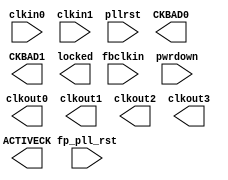
(*
  agate_file_name = "/cygdrive/f/capital_micro/primace7.3/ast_frontend//../data/lib/syn_black_box_m7s.v:81",
  agate_format    = "VLOG"
*)
module M7S_PLL(clkin0, clkin1, fbclkin, pwrdown, pllrst, fp_pll_rst, ACTIVECK,
     CKBAD0, CKBAD1, clkout0, clkout1, clkout2, clkout3, locked);
input clkin0, clkin1, fbclkin, pwrdown, pllrst, fp_pll_rst;
output ACTIVECK, CKBAD0, CKBAD1, clkout0, clkout1, clkout2, clkout3, locked;

endmodule

(*
  agate_file_name = "/cygdrive/f/capital_micro/primace7.3/bin/dachuang/demo_sd_to_lcd_in_M7_blue_EVB100MHz:0",
  agate_format    = "VLOG"
*)
module pll_v1(clkin0, clkout0, clkout1, locked);
input clkin0;
output clkout0, clkout1, locked;

endmodule

(*
  agate_file_name = "/cygdrive/f/capital_micro/primace7.3/ast_frontend//../data/lib/syn_black_box_m7s.v:54",
  agate_format    = "VLOG"
*)
module M7S_DLL(clkin, pwrdown, dllrst, fp_dll_rst, clkout0, clkout1, clkout2,
     clkout3, dll_msel0_user, locked);
input clkin, pwrdown, dllrst, fp_dll_rst;
output clkout0, clkout1, clkout2, clkout3, locked;
input  [3:0] dll_msel0_user;

endmodule

(*
  agate_file_name = "/cygdrive/f/capital_micro/primace7.3/ast_frontend//../data/lib/syn_black_box_m7s.v:958",
  agate_format    = "VLOG"
*)
module M7S_SOC(c2r1_dll_clk, fp_clk_sys, fp_clk_adc, fp_clk_arm, fp_lvds_sclk,
     fp_clk_usb, gpio_0_out_o, gpio_0_oe_o, gpio_0_in_i, i2c1_scl_oe_o,
     i2c1_sda_oe_o, i2c1_scl_i, i2c1_sda_i, i2c0_scl_oe_o, i2c0_sda_oe_o,
     i2c0_scl_i, i2c0_sda_i, uart1_rts_o, uart1_txd_o, uart1_cts_i, uart1_rxd_i,
     uart0_rts_o, uart0_txd_o, uart0_cts_i, uart0_rxd_i, spi1_mosi, spi1_sck,
     spi1_ssn, spi1_miso, spi0_mosi, spi0_sck, spi0_ssn, spi0_miso,
     pad_can1_o_clk, pad_can1_o_tx1, pad_can1_o_tx0, pad_can1_oen_tx1,
     pad_can1_oen_tx0, pad_can1_i_rx0, pad_can0_o_clk, pad_can0_o_tx1,
     pad_can0_o_tx0, pad_can0_oen_tx1, pad_can0_oen_tx0, pad_can0_i_rx0,
     clk_ahb_fp0, rst_ahb_fp0_n, fp0_m_ahb_mastlock, fp0_m_ahb_prot,
     fp0_m_ahb_size, fp0_m_ahb_addr, fp0_m_ahb_write, fp0_m_ahb_burst,
     fp0_m_ahb_trans, fp0_m_ahb_wdata, fp0_m_ahb_ready, fp0_m_ahb_resp,
     fp0_m_ahb_rdata, fp0_s_ahb_mastlock, fp0_s_ahb_prot, fp0_s_ahb_size,
     fp0_s_ahb_sel, fp0_s_ahb_addr, fp0_s_ahb_write, fp0_s_ahb_burst,
     fp0_s_ahb_trans, fp0_s_ahb_wdata, fp0_s_ahb_readyout, fp0_s_ahb_resp,
     fp0_s_ahb_rdata, clk_ahb_fp1, rst_ahb_fp1_n, fp1_m_ahb_mastlock,
     fp1_m_ahb_prot, fp1_m_ahb_size, fp1_m_ahb_addr, fp1_m_ahb_write,
     fp1_m_ahb_burst, fp1_m_ahb_trans, fp1_m_ahb_wdata, fp1_m_ahb_ready,
     fp1_m_ahb_resp, fp1_m_ahb_rdata, fp1_s_ahb_mastlock, fp1_s_ahb_prot,
     fp1_s_ahb_size, fp1_s_ahb_sel, fp1_s_ahb_addr, fp1_s_ahb_write,
     fp1_s_ahb_burst, fp1_s_ahb_trans, fp1_s_ahb_wdata, fp1_s_ahb_readyout,
     fp1_s_ahb_resp, fp1_s_ahb_rdata, clk_eth_tx, fp2soc_rst_n, fp_INTNMI);
input c2r1_dll_clk, fp_clk_sys, fp_clk_adc, fp_clk_arm, fp_lvds_sclk,
     fp_clk_usb, i2c1_scl_i, i2c1_sda_i, i2c0_scl_i, i2c0_sda_i, uart1_cts_i,
     uart1_rxd_i, uart0_cts_i, uart0_rxd_i, spi1_miso, spi0_miso,
     pad_can1_i_rx0, pad_can0_i_rx0, clk_ahb_fp0, rst_ahb_fp0_n,
     fp0_m_ahb_mastlock, fp0_m_ahb_write, fp0_s_ahb_readyout, fp0_s_ahb_resp,
     clk_ahb_fp1, rst_ahb_fp1_n, fp1_m_ahb_mastlock, fp1_m_ahb_write,
     fp1_s_ahb_readyout, fp1_s_ahb_resp, clk_eth_tx, fp2soc_rst_n;
output i2c1_scl_oe_o, i2c1_sda_oe_o, i2c0_scl_oe_o, i2c0_sda_oe_o, uart1_rts_o,
     uart1_txd_o, uart0_rts_o, uart0_txd_o, spi1_mosi, spi1_sck, spi1_ssn,
     spi0_mosi, spi0_sck, spi0_ssn, pad_can1_o_clk, pad_can1_o_tx1,
     pad_can1_o_tx0, pad_can1_oen_tx1, pad_can1_oen_tx0, pad_can0_o_clk,
     pad_can0_o_tx1, pad_can0_o_tx0, pad_can0_oen_tx1, pad_can0_oen_tx0,
     fp0_m_ahb_ready, fp0_m_ahb_resp, fp0_s_ahb_mastlock, fp0_s_ahb_sel,
     fp0_s_ahb_write, fp1_m_ahb_ready, fp1_m_ahb_resp, fp1_s_ahb_mastlock,
     fp1_s_ahb_sel, fp1_s_ahb_write;
input  [31:0] gpio_0_in_i;
input  [3:0] fp0_m_ahb_prot;
input  [2:0] fp0_m_ahb_size;
input  [31:0] fp0_m_ahb_addr;
input  [2:0] fp0_m_ahb_burst;
input  [1:0] fp0_m_ahb_trans;
input  [31:0] fp0_m_ahb_wdata;
input  [31:0] fp0_s_ahb_rdata;
input  [3:0] fp1_m_ahb_prot;
input  [2:0] fp1_m_ahb_size;
input  [31:0] fp1_m_ahb_addr;
input  [2:0] fp1_m_ahb_burst;
input  [1:0] fp1_m_ahb_trans;
input  [31:0] fp1_m_ahb_wdata;
input  [31:0] fp1_s_ahb_rdata;
input  [15:0] fp_INTNMI;
output [31:0] gpio_0_out_o;
output [31:0] gpio_0_oe_o;
output [31:0] fp0_m_ahb_rdata;
output [3:0] fp0_s_ahb_prot;
output [2:0] fp0_s_ahb_size;
output [31:0] fp0_s_ahb_addr;
output [2:0] fp0_s_ahb_burst;
output [1:0] fp0_s_ahb_trans;
output [31:0] fp0_s_ahb_wdata;
output [31:0] fp1_m_ahb_rdata;
output [3:0] fp1_s_ahb_prot;
output [2:0] fp1_s_ahb_size;
output [31:0] fp1_s_ahb_addr;
output [2:0] fp1_s_ahb_burst;
output [1:0] fp1_s_ahb_trans;
output [31:0] fp1_s_ahb_wdata;

endmodule

(*
  agate_file_name = "/cygdrive/f/capital_micro/primace7.3/bin/dachuang/demo_sd_to_lcd_in_M7_blue_EVB100MHz:0",
  agate_format    = "VLOG"
*)
module mcu_armcm3(fp2soc_rst_n, fp_clk_sys, fp_clk_arm, fp_clk_ddrc,
     gpio_0_out_o, gpio_0_oe_o, gpio_0_in_i, spi0_mosi, spi0_sck, spi0_ssn,
     spi0_miso, clk_ahb_fp0, rst_ahb_fp0_n, fp0_m_ahb_mastlock, fp0_m_ahb_prot,
     fp0_m_ahb_size, fp0_m_ahb_addr, fp0_m_ahb_write, fp0_m_ahb_burst,
     fp0_m_ahb_trans, fp0_m_ahb_wdata, fp0_m_ahb_ready, fp0_m_ahb_resp,
     fp0_m_ahb_rdata, fp0_s_ahb_mastlock, fp0_s_ahb_prot, fp0_s_ahb_size,
     fp0_s_ahb_sel, fp0_s_ahb_addr, fp0_s_ahb_write, fp0_s_ahb_burst,
     fp0_s_ahb_trans, fp0_s_ahb_wdata, fp0_s_ahb_readyout, fp0_s_ahb_resp,
     fp0_s_ahb_rdata);
input fp2soc_rst_n, fp_clk_sys, fp_clk_arm, fp_clk_ddrc, spi0_miso, clk_ahb_fp0,
     rst_ahb_fp0_n, fp0_m_ahb_mastlock, fp0_m_ahb_write, fp0_s_ahb_readyout,
     fp0_s_ahb_resp;
output spi0_mosi, spi0_sck, spi0_ssn, fp0_m_ahb_ready, fp0_m_ahb_resp,
     fp0_s_ahb_mastlock, fp0_s_ahb_sel, fp0_s_ahb_write;
input  [31:0] gpio_0_in_i;
input  [3:0] fp0_m_ahb_prot;
input  [2:0] fp0_m_ahb_size;
input  [31:0] fp0_m_ahb_addr;
input  [2:0] fp0_m_ahb_burst;
input  [1:0] fp0_m_ahb_trans;
input  [31:0] fp0_m_ahb_wdata;
input  [31:0] fp0_s_ahb_rdata;
output [31:0] gpio_0_out_o;
output [31:0] gpio_0_oe_o;
output [31:0] fp0_m_ahb_rdata;
output [3:0] fp0_s_ahb_prot;
output [2:0] fp0_s_ahb_size;
output [31:0] fp0_s_ahb_addr;
output [2:0] fp0_s_ahb_burst;
output [1:0] fp0_s_ahb_trans;
output [31:0] fp0_s_ahb_wdata;
wire dll_clkout0;

endmodule

(*
  agate_file_name = "/cygdrive/f/capital_micro/primace7.3/bin/dachuang/demo_sd_to_lcd_in_M7_blue_EVB100MHz:0",
  agate_format    = "VLOG"
*)
module colorbar_gen(clk, rstn, h_valid, v_valid);
input clk, rstn;
output h_valid, v_valid;
reg [10:0] h_cnt;
reg [9:0] v_cnt;
reg h_valid, v_valid;
wire i_fval, i_lval, N75, __dbP51, N76, __dbP63, __dbP86, __dbP98, __dbP109,
     __dbP120, n47, n49, n50, n51, n52, n53, n54, n55, n56, n57, n58, n59, n71,
     n82, n84, n85, n86, n87, n88, n89, n90, n91, n92, n93, n105, n117, n129,
     n140, n142, n196, n197, n198, n199, n200, n201, n202, n203, n204, n205,
     n206, n207, n208, n209, n210, n211, n212, n213, n214, n215, n216, n217,
     n218, n219, n220, n221, n222, n223, n224, n225, n226, n277, n278, n279,
     n280, n281, n282, n283, n284, n285, n286, n287, n288, n289, n290, n291,
     n292, n293, n294, n295, n296, n297, n298, n299;

endmodule

(*
  agate_file_name = "/cygdrive/f/capital_micro/primace7.3/bin/dachuang/demo_sd_to_lcd_in_M7_blue_EVB100MHz:0",
  agate_format    = "VLOG"
*)
module ahb_master(hclk_i, hreset_n, hready_i, hresp_i, hrdata_i, haddr_o,
     htrans_o, hwrite_o, hsize_o, hburst_o, hwdata_o, dma_start_xfer, dma_addr,
     dma_rd_wrn, dma_burst_count, dma_fixed_burst, dma_wdata, dma_eof,
     ahm_rdata, ahm_rdata_push, ahm_wdata_pop, ahm_xfer_done, ahm_error);
input hclk_i, hreset_n, hready_i, hresp_i, dma_start_xfer, dma_rd_wrn,
     dma_fixed_burst, dma_eof;
output hwrite_o, ahm_rdata_push, ahm_wdata_pop, ahm_xfer_done, ahm_error;
input  [31:0] hrdata_i;
input  [31:0] dma_addr;
input  [7:0] dma_burst_count;
input  [31:0] dma_wdata;
output [31:0] haddr_o;
output [1:0] htrans_o;
output [2:0] hsize_o;
output [2:0] hburst_o;
output [31:0] hwdata_o;
output [31:0] ahm_rdata;
reg [2:0] hburst_o;
reg [1:0] htrans_o;
reg [31:0] hwdata_o;
reg [7:0] addr_count;
reg [2:0] ahb_cs;
reg [31:0] ahm_rdata_r;
reg [1:0] dma_cs;
reg [21:0] haddr_hi;
reg [7:0] haddr_lo;
reg [31:2] mx_addr;
reg [31:0] wdata_in_r;
reg [7:0] xfer_count;
wire [2:0] ahb_ns;
wire [7:0] beat_size;
wire [7:0] burst_size;
wire [1:0] dma_ns;
wire [7:0] lessbrstsize;
wire [31:0] rdata_in;
wire [31:0] wdata_in;
wire [31:0] wdata_out;
wire [7:0] xfer_count_temp;
reg ahm_error, ahm_rdata_push, ahm_xfer_done, hwrite_o, dma_eof_get, mx_done_r,
     prefetch_wdata_pop, wdata_pop, wdata_sel;
wire hready_del, incr_mx_addr, load_mx_addr, mx_done, mx_start, premature_end,
     rdata_get, resp_ok, tnf_finish, wdata_ahm_get, wdata_d1_get, N77, N78, N79,
     __dbP345, __dbP394, __dbP403, __dbP412, __dbP421, __dbP430, __dbP439, N80,
     N81, N82, N83, N84, N85, N86, __dbP604, N87, N88, N89, N90, N91, n6, n20,
     n21, n30, n38, n39, n40, n46, n49, n50, n53, n64, n65, n66, n70, n71, n73,
     n74, n77, n79, n80, n81, n83, n115, n116, n128, n129, n150, n151, n152,
     n166, n167, n168, n193, n194, n195, n196, n197, n198, n206, n207, n211,
     n212, n217, n222, n223, n227, n228, n231, n232, n233, n234, n235, n236,
     n237, n238, n239, n240, n241, n242, n243, n244, n245, n246, n247, n273,
     n274, n275, n276, n277, n278, n279, n280, n281, n290, n291, n308, n309,
     n310, n311, n312, n313, n314, n315, n316, n325, n326, n343, n344, n345,
     n346, n347, n348, n349, n350, n351, n360, n361, n378, n379, n380, n381,
     n382, n383, n384, n385, n403, n404, n405, n446, n447, n448, n449, n458,
     n459, n501, n502, n503, n504, n505, n506, n507, n508, n517, n518, n519,
     n520, n521, n522, n523, n524, n532, n544, n545, n546, n547, n548, n549,
     n550, n551, n575, n576, n578, n579, n580, n581, n582, n583, n584, n585,
     n586, n587, n588, n589, n590, n591, n592, n593, n594, n595, n596, n597,
     n598, n599, n645, n646, n650, n654, n655, n659, n660, n661, n667, n677,
     n678, n679, n686, n687, n696, n703, n740, n741, n742, n750, n754, n755,
     n756, n761, n762, n763, n768, n772, n773, n774, n775, n780, n781, n785,
     n789, n790, n794, n795, n796, n797, n804, n805, n806, n810, n818, n822,
     n826, n827, n828, n829, n836, n839, n845, n846, n880, n890, n891, n892,
     n896, n897, n898, n902, n903, n904, n974, n1043, n1044, n1048, n1049,
     n1050, n1052, n1061, n1062, n1063, n1064, n1067, n1068, n1071, n1072,
     n1091, n1104, n1105, n1106, n1110, n1111, n1112, n1113, n1114, n1115,
     n1119, n1120, n1121, n1122, n1123, n1124, n1128, n1129, n1130, n1131,
     n1132, n1133, n1134, n1135, n1136, n1140, n1141, n1142, n1146, n1147,
     n1148, n1184, n1185, n1186, n1187, n1188, n1189, n1190, n1191, n1192,
     n1193, n1194, n1195, n1196, n1197, n1198, n1199, n1200, n1201, n1202,
     n1203, n1204, n1205, n1206, n1207, n1208, n1209, n1210, n1211, n1212,
     n1213, n1214, n1215, n1232, n1249, n1250, n1251, n1252, n1253, n1254,
     n1255, n1256, n1257, n1258, n1259, n1260, n1261, n1262, n1263, n1264,
     n1265, n1266, n1267, n1268, n1269, n1270, n1271, n1272, n1319, n1320,
     n1321, n1322, n1323, n1324, n1325, n1326, n1327, n1328, n1329, n1330,
     n1331, n1332, n1333, n1334, n1335, n1336, n1337, n1338, n1339, n1340,
     n1341, n1342, n1343, n1344, n1345, n1346, n1347, n1348, n1349, n1350,
     n1351, n1352, n1353, n1354, n1355, n1356, n1357, n1358, n1359, n1360,
     n1361, n1362, n1363, n1364, n1365, n1366, n1367, n1368, n1369, n1370,
     n1371, n1372, n1373, n1374, n1375, n1376, n1377, n1378, n1417, n1418,
     n1419, n1420, n1421, n1422, n1423, n1424, n1425, n1426, n1427, n1428,
     n1429, n1430, n1431, n1432, n1444, n1454, n1455, n1456, n1457, n1458,
     n1459, n1460, n1461, n1462, n1463, n1464, n1465, n1466, n1467, n1468,
     n1469, n1500, n1501, n1502, n1503, n1504, n1505, n1506, n1507, n1508,
     n1509, n1510, n1511, n1512, n1513, n1514, n1515, n1516, n1517, n1518,
     n1519, n1520, n1521, n1522, n1523, n1524, n1525, n1526, n1527, n1528,
     n1529, n1530, n1531, n1532, n1533, n1534, n1535, n1536, n1537, n1538,
     n1539, n1540, n1541, n1542, n1543, n1567, n1571, n1577, n1582, n1583,
     n1584, n1593, n1603, n1608, n1609, n1610, n1611, n1612, n1613, n1614,
     n1615, n1616, n1617, n1618, n1619, n1624, n1627, n1635, n1638, n1646,
     n1649, n1657, n1696, n1697, n1698, n1699, n1700, n1701, n1702, n1703,
     n1704, n1705, n1706, n1707, n1708, n1709, n1710, n1711, n1712, n1713,
     n1714, n1715, n1716, n1717, n1718, n1719, n1720, n1721, n1722, n1723,
     n1724, n1725, n1726, n1727, n1792, n1793, n1794, n1795, n1796, n1797,
     n1798, n1799, n1800, n1801, n1802, n1803, n1804, n1805, n1806, n1807,
     n1808, n1809, n1810, n1811, n1812, n1813, n1814, n1815, n1816, n1817,
     n1818, n1819, n1820, n1821, n1822, n1823, n1888, n1889, n1890, n1891,
     n1892, n1893, n1894, n1895, n1896, n1897, n1898, n1899, n1900, n1901,
     n1902, n1903, n1904, n1905, n1906, n1907, n1908, n1909, n1910, n1911,
     n1912, n1913, n1914, n1915, n1916, n1917, n1918, n1919, n1952, n1953,
     n1954, n1955, n1956, n1957, n1958, n1959, n1960, n1961, n1962, n1963,
     n2475, n2478, n2479, n2480, n2481, n2482, n2483, n2484, n2485, n2486,
     n2487, n2488, n2489, n2490, n2491, n2492, n2493, n2494, n2495, n2496,
     n2497, n2498, n2499, n2500, n2501, n2502, n2503, n2504, n2505, n2506,
     n2507, n2508, n2509, n2510, n2511, n2512, n2513, n2514, n2515, n2516,
     n2517, n2518, n2519, n2520, n2521, n2522, n2523, n2524, n2525, n2526,
     n2527, n2528, n2529, n2530, n2531, n2532, n2533, n2534, n2535, n2536,
     n2537, n2538, n2539, n2540, n2541, n2542, n2543, n2544, n2545, n2546,
     n2547, n2548, n2549, n2550, n2551, n2552, n2553, n2554, n2555, n2556,
     n2557, n2558, n2559, n2560, n2561, n2562, n2563, n2564, n2565, n2566,
     n2567, n2568, n2569, n2570, n2571, n2572, n2573, n2574, n2575, n2576,
     n2577, n2578, n2579, n2580, n2581, n2582, n2583, n2584, n2585, n2586,
     n2587, n2588, n2589, n2590, n2591, n2592, n2593, n2594, n2595, n2596,
     n2597, n2598, n2599, n2600, n2601, n2602, n2603, n2604, n2605, n2606,
     n2607, n2608, n2609, n2610, n2611, n2612, n2613, n2614, n2615, n2616,
     n2617, n2618, n2619, n2620, n2621, n2622, n2623, n2624, n2625, n2626,
     n2627, n2628, n2629, n2630, n2631, n2632, n2633, n2634, n2635, n2636,
     n2637, n2638, n2639, n2640, n2641, n2642, n2643, n2644, n2645, n2646,
     n2647, n2648, n2649, n2650, n2651, n2652, n2653, n2654, n2655, n2656,
     n2657, n2658, n2659, n2660, n2661, n2662, n2663, n2664, n2665, n2666,
     n2667, n2668, n2669, n2670, n2671, n2672;

endmodule

(*
  agate_file_name = "/cygdrive/f/capital_micro/primace7.3/ast_frontend//../data/lib/syn_black_box_m7s.v:263",
  agate_format    = "VLOG"
*)
module M7S_EMB5K(clka, clkb, rstna, rstnb, cea, ceb, wea, web, aa, ab, da, db,
     q);
input clka, clkb, rstna, rstnb, cea, ceb, wea, web;
input  [11:0] aa;
input  [11:0] ab;
input  [17:0] da;
input  [17:0] db;
output [17:0] q;

endmodule

(*
  agate_file_name = "/cygdrive/f/capital_micro/primace7.3/bin/dachuang/demo_sd_to_lcd_in_M7_blue_EVB100MHz:0",
  agate_format    = "VLOG"
*)
module emb_v1_1(clkw, cew, aw, dw, clkr, cer, ar, qr);
input clkw, cew, clkr, cer;
input  [8:0] aw;
input  [31:0] dw;
input  [9:0] ar;
output [15:0] qr;
wire [17:0] qr0;
wire [17:0] qr1;
wire [17:0] qr2;
wire [17:0] qr3;

endmodule

(*
  agate_file_name = "/cygdrive/f/capital_micro/primace7.3/bin/dachuang/demo_sd_to_lcd_in_M7_blue_EVB100MHz:0",
  agate_format    = "VLOG"
*)
module emb_v1_2(clkw, cew, aw, dw, clkr, cer, ar, qr);
input clkw, cew, clkr, cer;
input  [8:0] aw;
input  [31:0] dw;
input  [9:0] ar;
output [15:0] qr;
wire [17:0] qr0;
wire [17:0] qr1;
wire [17:0] qr2;
wire [17:0] qr3;

endmodule

(*
  agate_file_name = "/cygdrive/f/capital_micro/primace7.3/bin/dachuang/demo_sd_to_lcd_in_M7_blue_EVB100MHz:0",
  agate_format    = "VLOG"
*)
module sdram_to_RGB(clk_ahb, rst_ahb_n, m_ahb_mastlock, m_ahb_prot, m_ahb_size,
     m_ahb_addr, m_ahb_write, m_ahb_burst, m_ahb_trans, m_ahb_wdata,
     m_ahb_ready, m_ahb_resp, m_ahb_rdata, display_sel, gpio_out, tx_sclk,
     h_valid, v_valid, de_o, pixel_r, pixel_g, pixel_b);
input clk_ahb, rst_ahb_n, m_ahb_ready, m_ahb_resp, display_sel, tx_sclk,
     h_valid, v_valid;
output m_ahb_mastlock, m_ahb_write, de_o;
input  [31:0] m_ahb_rdata;
input  [31:0] gpio_out;
output [3:0] m_ahb_prot;
output [2:0] m_ahb_size;
output [31:0] m_ahb_addr;
output [2:0] m_ahb_burst;
output [1:0] m_ahb_trans;
output [31:0] m_ahb_wdata;
output [7:0] pixel_r;
output [7:0] pixel_g;
output [7:0] pixel_b;
reg [10:0] addr_cnt;
reg [31:0] ahm_rdata_r;
reg [1:0] bmp_fig_chg;
reg [3:0] bmp_fig_cnt;
reg [1:0] buffer_rd_sel_r;
reg [1:0] de_i_r;
reg [3:0] de_i_r_sclk;
reg [31:0] dma_addr;
reg [9:0] emb_addr_rd;
reg [8:0] emb_addr_wr;
reg [8:0] emb_addr_wr_r;
reg [15:0] emb_rdata_0_r;
reg [15:0] emb_rdata_1_r;
reg [15:0] emb_rdata_r;
reg [1:0] v_valid_r;
wire [31:0] ahm_rdata;
wire [15:0] emb_rdata_0;
wire [15:0] emb_rdata_1;
reg de_o, ahm_rdata_push_wr0, ahm_rdata_push_wr1, buffer_rd_sel, buffer_wr_sel,
     de_i_start_pulse, display_before_bmp, display_period_align, dma_start_xfer,
     dma_start_xfer_prev, other_1_beat_start_pulse, other_1_beat_valid;
wire ahm_rdata_push, ahm_xfer_done, de_i, N99, N100, N101, N102, n50, n120,
     n156, n222, n223, n261, n294, n295, n296, n297, n298, n299, n300, n301,
     n302, n303, n304, n305, n306, n307, n308, n309, n310, n311, n312, n313,
     n314, n315, n316, n317, n318, n319, n320, n321, n322, n323, n324, n325,
     n397, n496, n530, n531, n588, n653, n654, n655, n656, n657, n658, n659,
     n660, n661, n662, n663, n664, n665, n666, n667, n668, n669, n670, n671,
     n672, n673, n674, n675, n676, n677, n678, n679, n680, n681, n682, n683,
     n684, n857, n923, n924, n925, n926, n927, n928, n929, n930, n931, n932,
     n933, n934, n935, n936, n937, n938, n939, n940, n941, n942, n943, n944,
     n945, n946, n947, n948, n949, n950, n951, n952, n953, n954, n1021, n1022,
     n1023, n1057, n1058, n1092, n1093, n1094, n1167, n1168, n1234, n1235,
     n1236, n1237, n1238, n1239, n1240, n1241, n1242, n1243, n1244, n1245,
     n1246, n1247, n1248, n1249, n1250, n1251, n1252, n1253, n1254, n1255,
     n1256, n1257, n1258, n1259, n1260, n1261, n1262, n1263, n1264, n1265,
     n1470, n1473, n1486, n1495, n1496, n1497, n1498, n1514, n1517, n1541,
     n1575, n1576, n1577, n1578, n1579, n1580, n1581, n1582, n1583, n1584,
     n1585, n1586, n1587, n1588, n1589, n1590, n1591, n1592, n1593, n1594,
     n1595, n1596, n1640, n1641, n1642, n1643, n1644, n1645, n1646, n1647,
     n1648, n1649, n1656, n1657, n1658, n1659, n1660, n1661, n1662, n1663,
     n1664, n1665, n1666, n1667, n1668, n1669, n1670, n1671, n1705, n1716,
     n1717, n1718, n1719, n1720, n1721, n1722, n1723, n1724, n1829, n1841,
     n1842, n1843, n1844, n1845, n1846, n1847, n1848, n1849, n1850, n1945,
     n1946, n1947, n1948, n1949, n1950, n1951, n1952, n1953, n1954, n1955,
     n1956, n1957, n1958, n1959, n1960, n2405, n2406, n2407, n2408, n2409,
     n2410, n2411, n2412, n2413, n2414, n2415, n2416, n2417, n2418, n2419,
     n2420, n2421, n2422, n2423, n2424, n2425, n2426, n2427, n2428, n2429,
     n2430, n2431, n2432, n2433, n2434, n2435, n2436, n2437, n2438, n2439,
     n2440, n2441, n2442, n2443, n2444, n2445, n2446, n2447, n2448, n2449,
     n2450, n2451, n2452, n2453, n2454, n2455, n2456, n2457, n2458, n2459,
     n2460, n2461, n2462, n2463, n2464, n2465, n2466, n2467, n2468, n2469,
     n2470, n2471, n2472, n2473, n2474, n2475, n2476, n2477, n2478, n2479,
     n2480, n2481, n2482, n2483, n2484, n2485, n2486, n2487, n2488, n2489,
     n2490, n2491, n2492, n2493, n2494, n2495, n2496, n2497, n2498, n2499,
     n2500, n2501, n2502, n2503, n2504, n2505, n2506, n2507, n2508, n2509,
     n2510, n2511, n2512, n2513, n2514, n2515, n2516, n2517, n2518, n2519,
     n2520, n2521, n2522, n2523, n2524, n2525, n2526, n2527, n2528, n2529,
     n2530, n2531, n2532, n2533, n2534, n2535, n2536, n2537, n2538, n2539,
     n2540, n2541, n2542, n2543, n2544, n2545, n2546, n2547, n2548, n2549,
     n2550, n2551, n2552, n2553, n2554, n2555, n2556, n2557, n2558, n2559,
     n2560, n2561, n2562, n2563, n2564, n2565, n2566, n2567, n2568, n2569,
     n2570, n2571, n2572, n2573, n2574, n2575, n2576, n2577, n2578, n2579,
     n2580, n2581, n2582, n2583, n2584, n2585, n2586, n2587, n2588, n2589,
     n2590, n2591, n2592, n2593;
    ahb_master u_ahb_master (.hclk_i(clk_ahb), .hreset_n(rst_ahb_n), .hready_i(m_ahb_ready),
        .hresp_i(m_ahb_resp), .hrdata_i({m_ahb_rdata[31:0]}), .haddr_o({m_ahb_addr[31:0]}),
        .htrans_o({m_ahb_trans[1:0]}), .hwrite_o(m_ahb_write), .hsize_o({m_ahb_size[2:0]}),
        .hburst_o({m_ahb_burst[2:0]}), .hwdata_o({m_ahb_wdata[31:0]}), .dma_start_xfer(dma_start_xfer),
        .dma_addr({dma_addr[31:1], 1'b0}), .dma_rd_wrn(), .dma_burst_count({1'b1,
        1'b1, 1'b1, 1'b1, 1'b1, 1'b1, 1'b1, 1'b1}), .dma_fixed_burst(),
        .dma_eof(), .ahm_rdata({ahm_rdata[31:0]}), .ahm_rdata_push(ahm_rdata_push),
        .ahm_xfer_done(ahm_xfer_done));
    emb_v1_1 u_1kx16_0 (.clkw(clk_ahb), .cew(ahm_rdata_push_wr0), .aw({emb_addr_wr_r[8:0]}),
        .dw({ahm_rdata_r[31:0]}), .clkr(tx_sclk), .cer(n1092), .ar({emb_addr_rd[9:0]}),
        .qr({emb_rdata_0[15:0]}));
    emb_v1_2 u_1kx16_1 (.clkw(clk_ahb), .cew(ahm_rdata_push_wr1), .aw({emb_addr_wr_r[8:0]}),
        .dw({ahm_rdata_r[31:0]}), .clkr(tx_sclk), .cer(n1094), .ar({emb_addr_rd[9:0]}),
        .qr({emb_rdata_1[15:0]}));

endmodule

(*
  agate_file_name = "/cygdrive/f/capital_micro/primace7.3/ast_frontend//../data/lib/syn_black_box_m7s.v:781",
  agate_format    = "VLOG"
*)
module M7S_IO_LVDS(id_1, id_0, id_q_1, id_q_0, align_rstn, alignwd, clk_en_1,
     clk_en_0, io_reg_clk, geclk, geclk270, geclk180, geclk90, od_d_1, od_d_0,
     oen_1, oen_0, clk_0, clk_1, rstn_0, rstn_1, setn_0, setn_1, PAD1, PAD0);
input align_rstn, alignwd, clk_en_1, clk_en_0, geclk, geclk270, geclk180,
     geclk90, oen_1, oen_0, clk_0, clk_1, rstn_0, rstn_1, setn_0, setn_1;
inout PAD1, PAD0;
output id_1, id_0, io_reg_clk;
input  [3:0] od_d_1;
input  [3:0] od_d_0;
output [3:0] id_q_1;
output [3:0] id_q_0;

endmodule

(*
  agate_file_name = "/cygdrive/f/capital_micro/primace7.3/bin/dachuang/demo_sd_to_lcd_in_M7_blue_EVB100MHz:0",
  agate_format    = "VLOG"
*)
module lvds_tx_v1(clk, rstn, clk_out_p, clk_out_n, tx_out_p, tx_out_n, tx_sclk,
     tx_out, tx_data_align_rstn);
input clk, rstn, tx_data_align_rstn;
output clk_out_p, clk_out_n, tx_sclk;
input  [27:0] tx_out;
output [3:0] tx_out_p;
output [3:0] tx_out_n;
wire pll_clkout1;

endmodule

(*
  agate_file_name = "/cygdrive/f/capital_micro/primace7.3/bin/dachuang/demo_sd_to_lcd_in_M7_blue_EVB100MHz:0",
  agate_format    = "VLOG"
*)
module demo_sd_to_lcd(clk_i, rstn_i, display_sel, spi_ssn, spi_sck, spi_mosi,
     spi_miso, clk_out_p, clk_out_n, tx_out_p, tx_out_n);
input clk_i, rstn_i, display_sel, spi_miso;
output spi_ssn, spi_sck, spi_mosi, clk_out_p, clk_out_n;
output [3:0] tx_out_p;
output [3:0] tx_out_n;
wire [31:0] gpio_out;
wire [31:0] m_ahb_addr;
wire [2:0] m_ahb_burst;
wire [3:0] m_ahb_prot;
wire [31:0] m_ahb_rdata;
wire [2:0] m_ahb_size;
wire [1:0] m_ahb_trans;
wire [31:0] m_ahb_wdata;
wire [7:0] pixel_b;
wire [7:0] pixel_g;
wire [7:0] pixel_r;
wire [27:0] tx_out;
wire [6:0] tx_out_0;
wire [6:0] tx_out_1;
wire [6:0] tx_out_2;
wire [6:0] tx_out_3;
reg rstn_final;
wire clk_150M, clk_200M, de, h_valid, locked, m_ahb_mastlock, m_ahb_ready,
     m_ahb_resp, m_ahb_write, rstn_final_tmp, tx_sclk, v_valid, n4, n129, n370;
    pll_v1 u_pll (.clkin0(clk_i), .clkout0(clk_200M), .clkout1(clk_150M),
        .locked(locked));
    mcu_armcm3 u_arm (.fp2soc_rst_n(rstn_final), .fp_clk_sys(clk_200M), .fp_clk_arm(clk_200M),
        .fp_clk_ddrc(clk_200M), .gpio_0_out_o({gpio_out[31:0]}), .spi0_mosi(spi_mosi),
        .spi0_sck(spi_sck), .spi0_ssn(spi_ssn), .spi0_miso(spi_miso), .clk_ahb_fp0(clk_150M),
        .rst_ahb_fp0_n(rstn_final), .fp0_m_ahb_mastlock(m_ahb_mastlock),
        .fp0_m_ahb_prot({m_ahb_prot[3:0]}), .fp0_m_ahb_size({m_ahb_size[2:0]}),
        .fp0_m_ahb_addr({m_ahb_addr[31:0]}), .fp0_m_ahb_write(m_ahb_write),
        .fp0_m_ahb_burst({m_ahb_burst[2:0]}), .fp0_m_ahb_trans({m_ahb_trans[1:0]}),
        .fp0_m_ahb_wdata({m_ahb_wdata[31:0]}), .fp0_m_ahb_ready(m_ahb_ready),
        .fp0_m_ahb_resp(m_ahb_resp), .fp0_m_ahb_rdata({m_ahb_rdata[31:0]}));
    colorbar_gen u_colorgen (.clk(tx_sclk), .rstn(rstn_final), .h_valid(h_valid),
        .v_valid(v_valid));
    sdram_to_RGB u_sdram_to_RGB (.clk_ahb(clk_150M), .rst_ahb_n(rstn_final),
        .m_ahb_mastlock(m_ahb_mastlock), .m_ahb_prot({m_ahb_prot[3:0]}),
        .m_ahb_size({m_ahb_size[2:0]}), .m_ahb_addr({m_ahb_addr[31:0]}),
        .m_ahb_write(m_ahb_write), .m_ahb_burst({m_ahb_burst[2:0]}), .m_ahb_trans({m_ahb_trans[1:0]}),
        .m_ahb_wdata({m_ahb_wdata[31:0]}), .m_ahb_ready(m_ahb_ready), .m_ahb_resp(m_ahb_resp),
        .m_ahb_rdata({m_ahb_rdata[31:0]}), .display_sel(display_sel), .gpio_out({gpio_out[31:0]}),
        .tx_sclk(tx_sclk), .h_valid(h_valid), .v_valid(v_valid), .de_o(de),
        .pixel_r({pixel_r[7:0]}), .pixel_g({pixel_g[7:0]}), .pixel_b({pixel_b[7:0]}));
    lvds_tx_v1 u_lvds (.clk(clk_i), .rstn(rstn_final), .clk_out_p(clk_out_p),
        .clk_out_n(clk_out_n), .tx_out_p({tx_out_p[3:0]}), .tx_out_n({tx_out_n[3:0]}),
        .tx_sclk(tx_sclk), .tx_out({tx_out[27:0]}), .tx_data_align_rstn(rstn_final));

endmodule